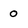
Character: 0